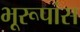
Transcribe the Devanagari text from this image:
भूरूपांस